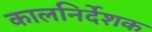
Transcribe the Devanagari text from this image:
कालनिर्देशक